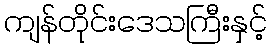
ကျန်တိုင်းဒေသကြီးနှင့်